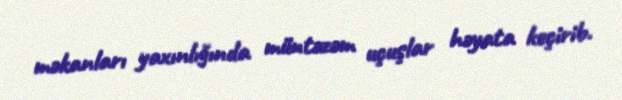
məkanları yaxınlığında müntəzəm uçuşlar həyata keçirib.